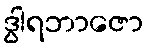
ဒွါရဘာဇော